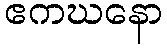
ဧကဃနော